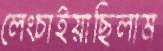
লেংচাইয়াছিলাম